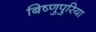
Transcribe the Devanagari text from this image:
बिष्णुपुरिया